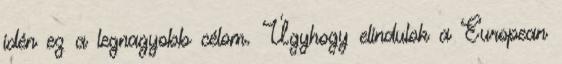
idén ez a legnagyobb célom. Úgyhogy elindulok a European